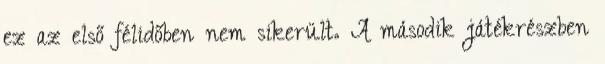
ez az első félidőben nem sikerült. A második játékrészben